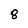
Character: 8